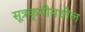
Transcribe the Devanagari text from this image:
सूत्रकृमीमधील